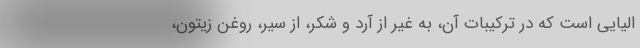
الیایی است که در ترکیبات آن، به غیر از آرد و شکر، از سیر، روغن زیتون،